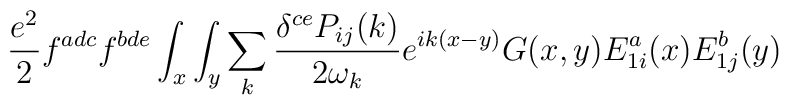
{e^2\over 2}  f^{adc}f^{bde}\int_x\int_y\sum_k{\delta^{ce}P_{ij}(k)\over 2\omega_k} e^{ik(x-y)}G(x,y)E^a_{1i}(x)E^b_{1j}(y)